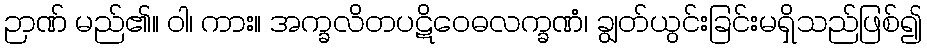
ဉာဏ် မည်၏။ ဝါ၊ ကား။ အက္ခလိတပဋိဝေဓလက္ခဏံ၊ ချွတ်ယွင်းခြင်းမရှိသည်ဖြစ်၍